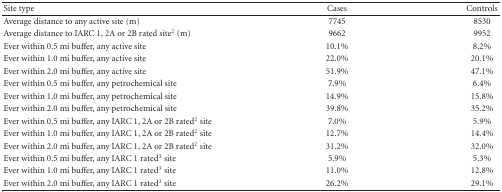
| Site type | Cases | Controls |
 | --- | --- | --- |
 | Average distance to any active site (m) | 7745 | 8530 |
 | Average distance to IARC 1, 2A or 2B rated site2 (m) | 9662 | 9952 |
 | Ever within 0.5 mi buffer, any active site | 10.1% | 8.2% |
 | Ever within 1.0 mi buffer, any active site | 22.0% | 20.1% |
 | Ever within 2.0 mi buffer, any active site | 51.9% | 47.1% |
 | Ever within 0.5 mi buffer, any petrochemical site | 7.9% | 6.4% |
 | Ever within 1.0 mi buffer, any petrochemical site | 14.9% | 15.8% |
 | Ever within 2.0 mi buffer, any petrochemical site | 39.8% | 35.2% |
 | Ever within 0.5 mi buffer, any IARC 1, 2A or 2B rated2 site | 7.0% | 5.9% |
 | Ever within 1.0 mi buffer, any IARC 1, 2A or 2B rated2 site | 12.7% | 14.4% |
 | Ever within 2.0 mi buffer, any IARC 1, 2A or 2B rated2 site | 31.2% | 32.0% |
 | Ever within 0.5 mi buffer, any IARC 1 rated3 site | 5.9% | 5.3% |
 | Ever within 1.0 mi buffer, any IARC 1 rated3 site | 11.0% | 12.8% |
 | Ever within 2.0 mi buffer, any IARC 1 rated3 site | 26.2% | 29.1% |